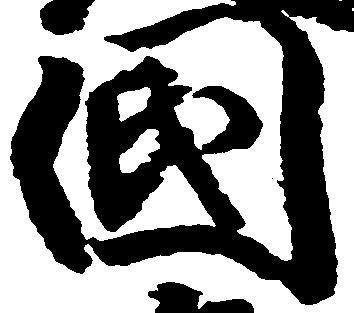
国